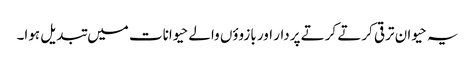
یہ حیوان ترقی کرتے کرتے پردار اور بازووٴں والے حیوانات میں تبدیل ہوا۔